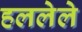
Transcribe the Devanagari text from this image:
हललेले